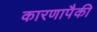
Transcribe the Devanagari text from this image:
कारणापैकी